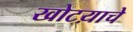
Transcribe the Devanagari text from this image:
खोटय़ाचे